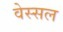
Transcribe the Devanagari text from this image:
वेस्सल